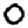
Digit: 0